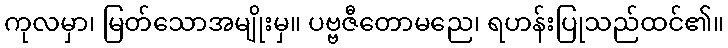
ကုလမှာ၊ မြတ်သောအမျိုးမှ။ ပဗ္ဗဇီတောမညေ၊ ရဟန်းပြုသည်ထင်၏။